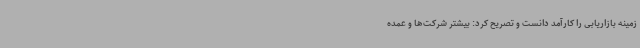
زمینه بازاریابی را کارآمد دانست و تصریح کرد: بیشتر شرکت‌ها و عمده